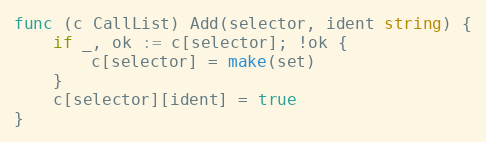
Language: Go
func (c CallList) Add(selector, ident string) {
	if _, ok := c[selector]; !ok {
		c[selector] = make(set)
	}
	c[selector][ident] = true
}